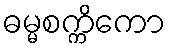
ဓမ္မစက္ကိကော